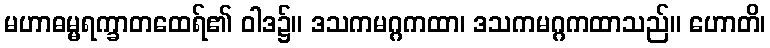
မဟာဓမ္မရက္ခာတထေရ်၏ ဝါဒ၌။ ဒသကမဂ္ဂကထာ၊ ဒသကမဂ္ဂကထာသည်။ ဟောတိ၊